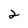
Character: 2